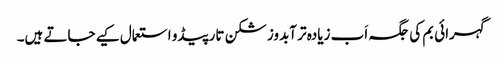
گہرائی بم کی جگہ اَب زیادہ تر آبدوز شکن تارپیڈو استعمال کیے جاتے ہیں۔